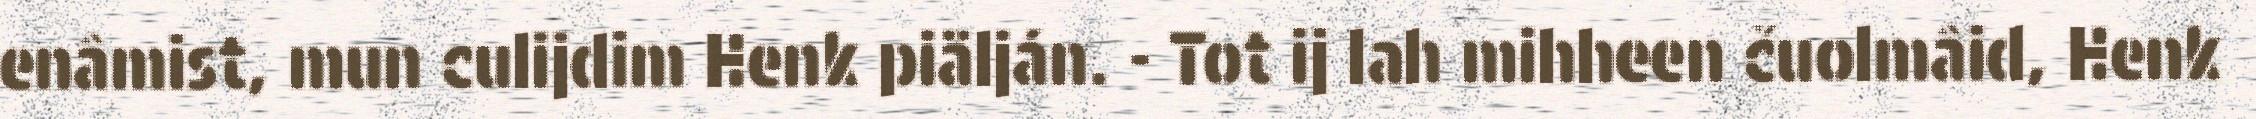
enâmist, mun culijdim Henk piälján. - Tot ij lah mihheen čuolmâid, Henk